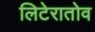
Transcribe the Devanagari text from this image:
लिटेरातोव